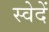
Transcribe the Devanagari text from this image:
स्वेदें